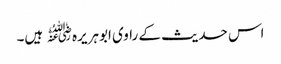
اس حدیث کے راوی ابوہریرہ﷜ ہیں۔